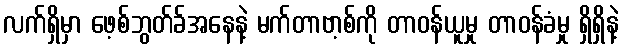
လက်ရှိမှာ ဖေ့စ်ဘွတ်ခ်အနေနဲ့ မက်တာဗာ့စ်ကို တာဝန်ယူမှု တာဝန်ခံမှု ရှိရှိနဲ့